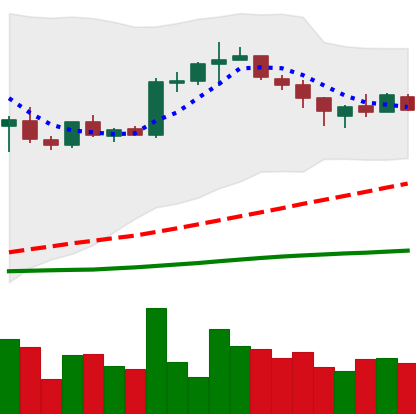
Ticker: BTC-USD
Chart end date: 2015-08-05
Forward return: -6.177%
Label: down_5_7